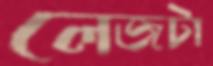
লেজটা